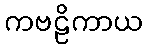
ကဗဠိကာယ